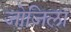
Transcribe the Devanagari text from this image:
जोजिला